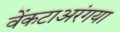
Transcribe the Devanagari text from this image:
वेंकटाअरंगया